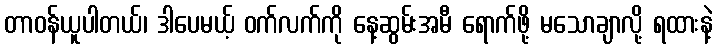
တာဝန်ယူပါတယ်၊ ဒါပေမယ့် ဝက်လက်ကို နေ့ဆွမ်းအမီ ရောက်ဖို့ မသောချာလို့ ရထားနဲ့